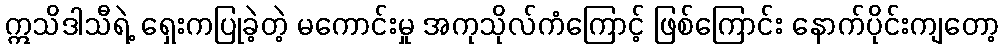
ဣသိဒါသီရဲ့ ရှေးကပြုခဲ့တဲ့ မကောင်းမှု အကုသိုလ်ကံကြောင့် ဖြစ်ကြောင်း နောက်ပိုင်းကျတော့